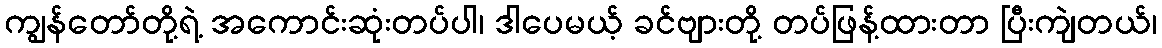
ကျွန်တော်တို့ရဲ့ အကောင်းဆုံးတပ်ပါ၊ ဒါပေမယ့် ခင်ဗျားတို့ တပ်ဖြန့်ထားတာ ပြီးကျဲတယ်၊